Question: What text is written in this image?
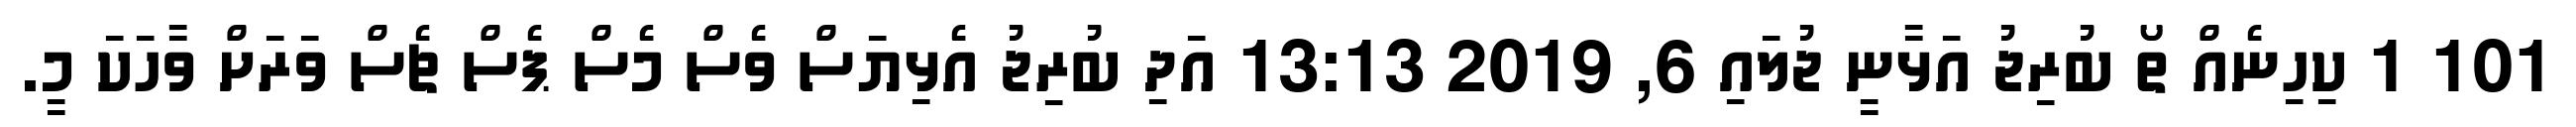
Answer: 101 1 ކިހިނެއް ތޯ ބުރިޖު އަޅާނީ ޖުލައި 6, 2019 13:13 އަދި ބުރިޖު އެޅިޔަސް ވެސް މެސް ޕެސް ޗެސް ވަރަށް ވާހަކަ މީ.